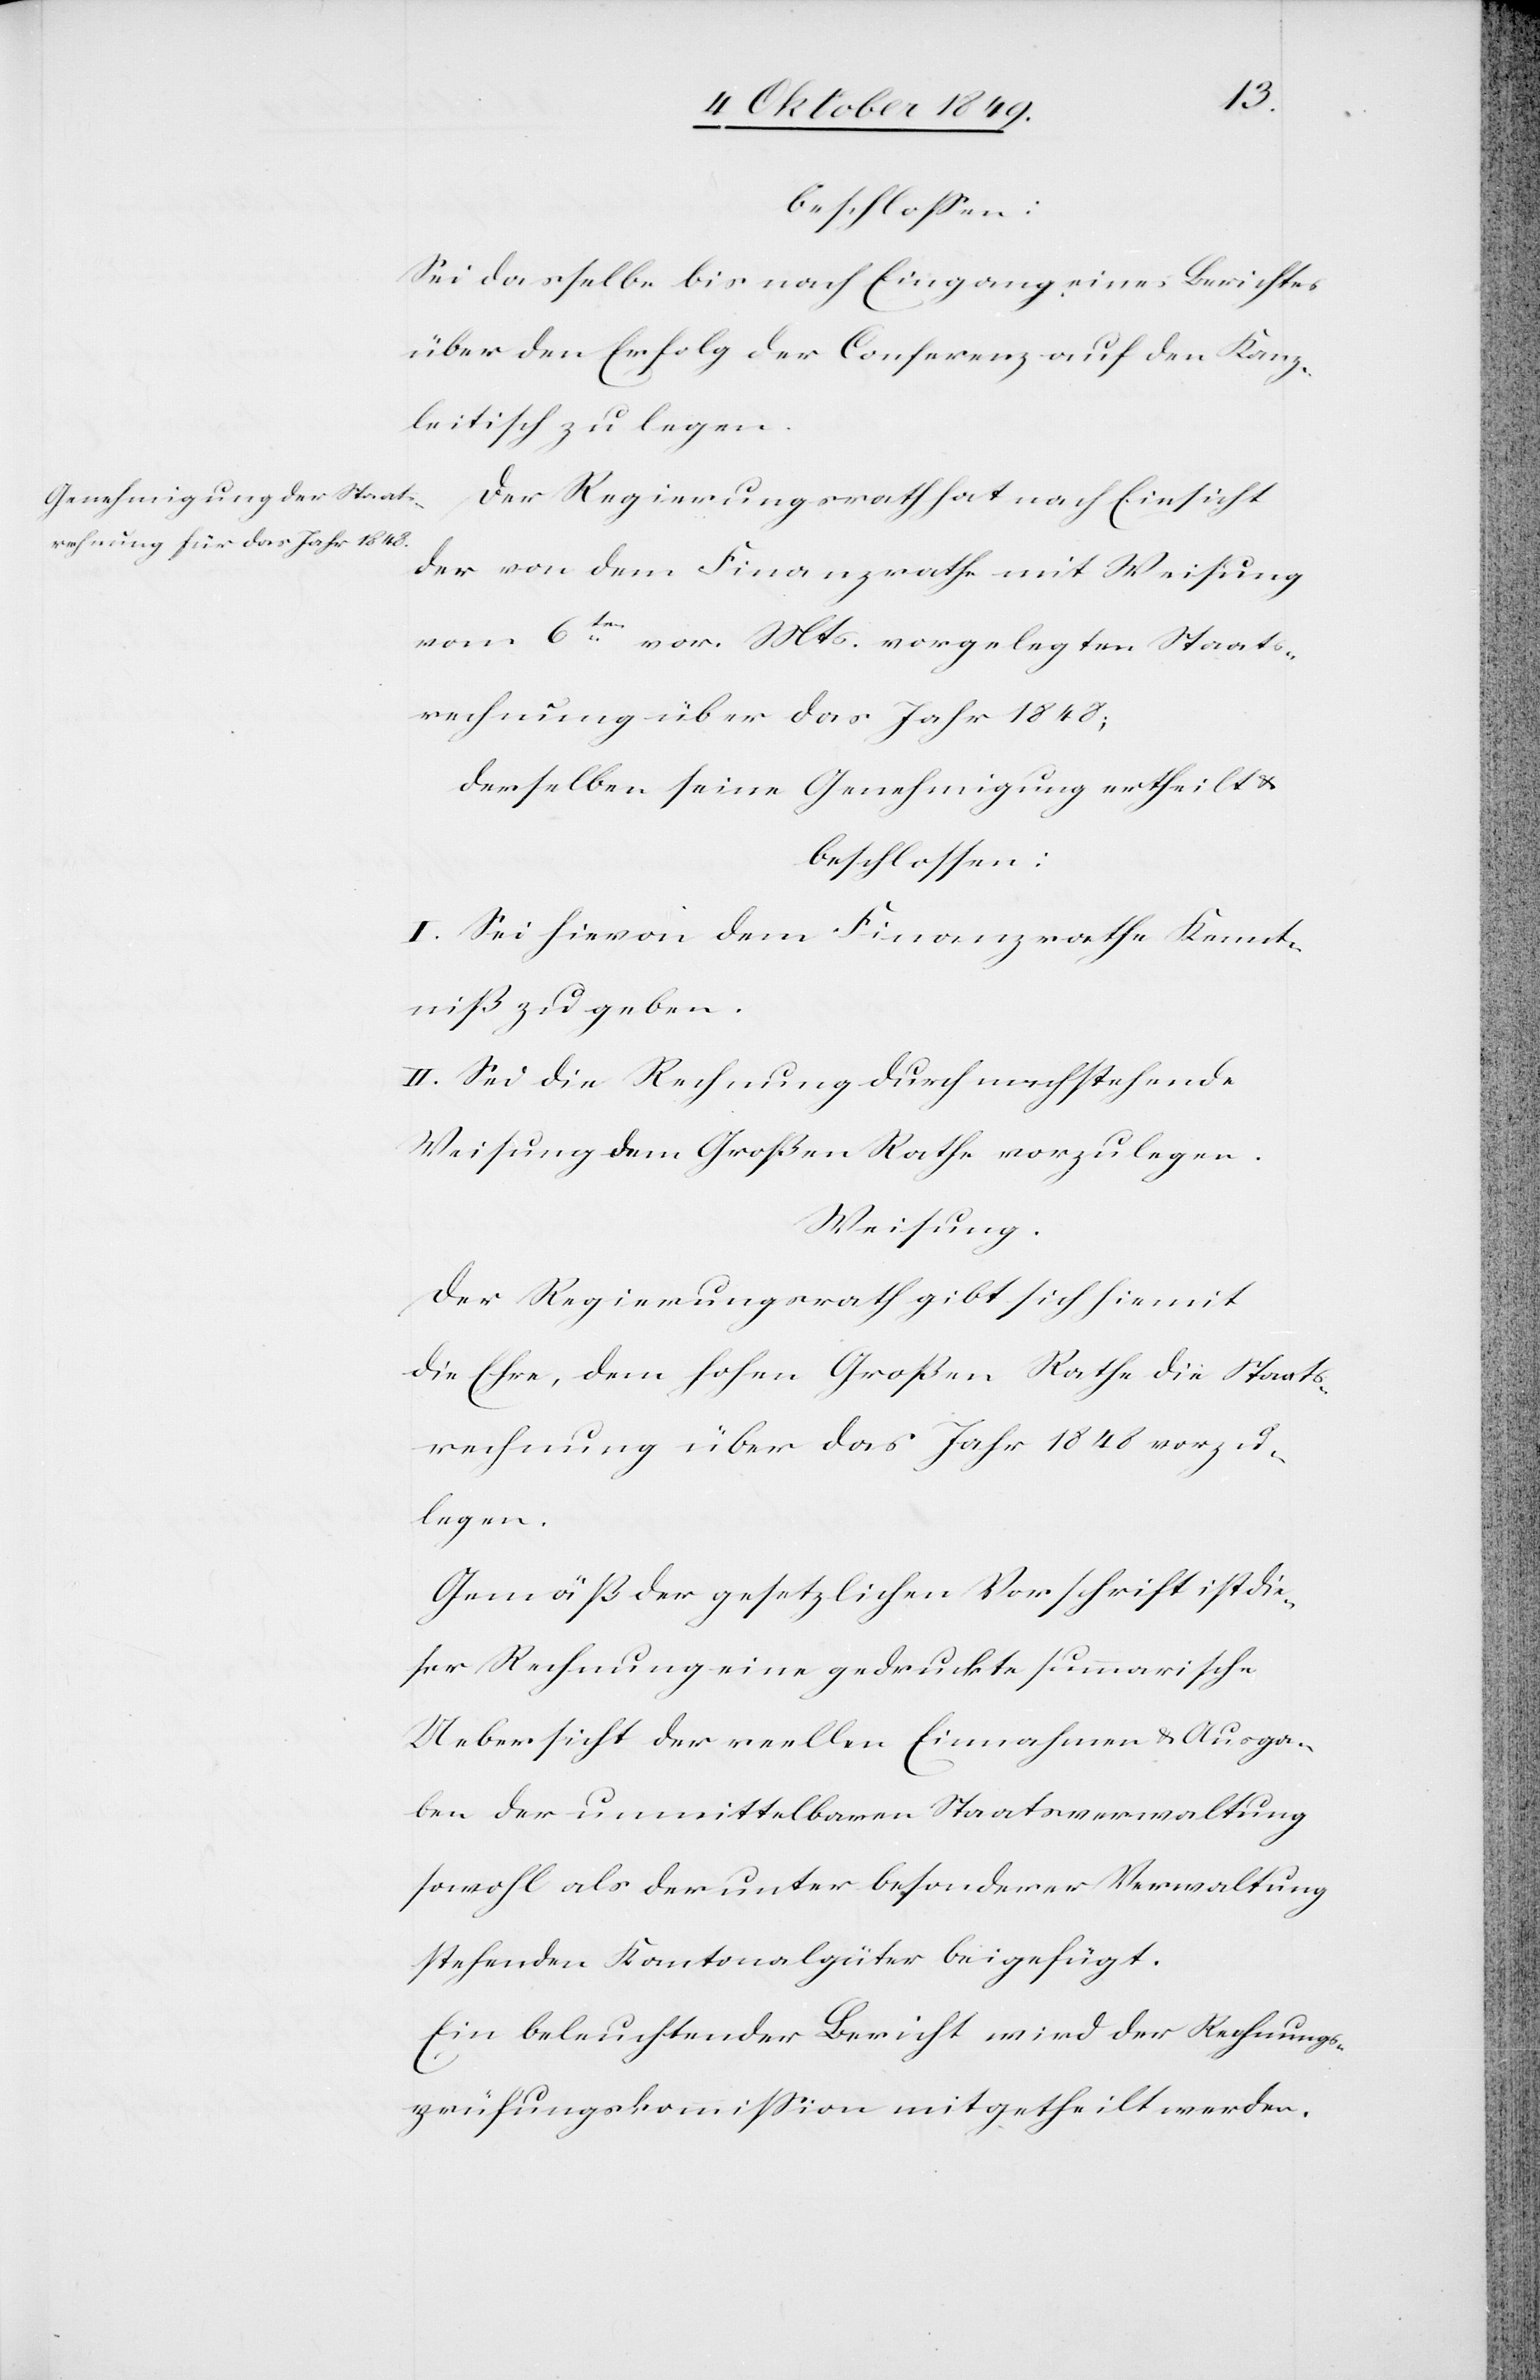
beschloßen:
Sei dasselbe bis nach Eingang eines Berichtes
über den Erfolg der Conferenz auf den Kanz¬
leitisch zu legen.
Der Regierungsrath hat nach Einsicht
der von dem Finanzrathe mit Weisung
vom 6ten vor. Mts vorgelegten Staats¬
rechnung über das Jahr 1848;
derselben seine Genehmigung ertheilt u.
I. Sei hievon dem Finanzrathe Kennt¬
niß zu geben.
II. Sei die Rechnung durch nachstehende
Weisung dem Großen Rathe vorzulegen.
Weisung.
Der Regierungsrath gibt sich hiemit
die Ehre, dem hohen Großen Rathe die Staats¬
rechnung über das Jahr 1848 vorzu¬
legen.
Gemäß der gesetzlichen Vorschrift ist die¬
ser Rechnung eine gedruckte summarische
Uebersicht der reellen Einnahmen u. Ausga¬
ben der unmittelbaren Staatsverwaltung
sowohl als der unter besonderer Verwaltung
stehenden Kantonalgüter beigefügt.
Ein beleuchtender Bericht wird der Rechnungs¬
prüfungskommißion mitgetheilt werden.